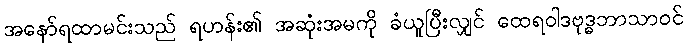
အနော်ရထာမင်းသည် ရဟန်း၏ အဆုံးအမကို ခံယူပြီးလျှင် ထေရဝါဒဗုဒ္ဓဘာသာဝင်